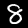
Label: 8